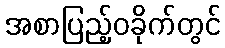
အစာပြည့်ဝခိုက်တွင်